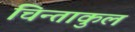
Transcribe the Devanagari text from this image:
चिन्ताकुल